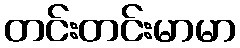
တင်းတင်းမာမာ